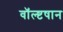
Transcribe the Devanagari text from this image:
वॉल्ष्टषान